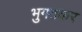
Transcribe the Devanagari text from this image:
भुगतकर